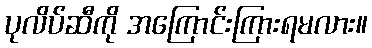
ပုလိပ်ဆီကို အကြောင်းကြားရမလား။